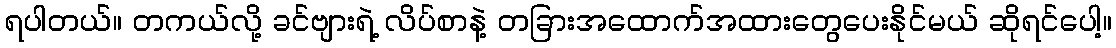
ရပါတယ်။ တကယ်လို့ ခင်ဗျားရဲ့ လိပ်စာနဲ့ တခြားအထောက်အထားတွေပေးနိုင်မယ် ဆိုရင်ပေါ့။